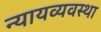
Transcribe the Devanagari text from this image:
न्‍यायव्‍यवस्‍था